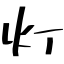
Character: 灯